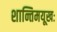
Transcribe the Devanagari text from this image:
शान्तिमयूखः